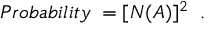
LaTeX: P r o b a b i l i t y \; = [ N ( { \cal A } ) ] ^ { 2 } \; \; .